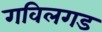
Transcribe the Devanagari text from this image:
गविलगड